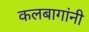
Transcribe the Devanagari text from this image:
कलबागांनी